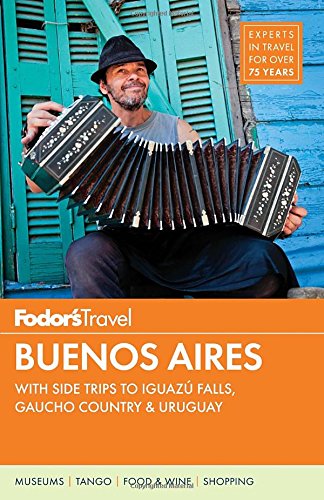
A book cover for Fodor's Buenos Aires: with Side Trips to IguazÃº Falls, Gaucho Country & Uruguay (Full-color Travel Guide); Fodor's; Travel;